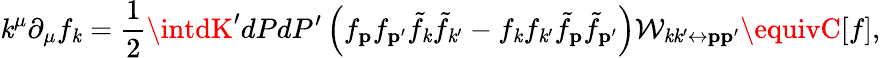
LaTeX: \mathit{k}^{\mu}\partial_{\mu}f_{\mathbf{{\mathit{k}}}}=\frac{{1}}{{2}}\intdK^{\prime}dPdP^{\prime}\left(f_{\mathbf{{p}}}f_{\mathbf{{p}}^{\prime}}\tilde{{f}}_{\mathbf{{\mathit{k}}}}\tilde{{f}}_{\mathbf{{\mathit{k}}}^{\prime}}-f_{\mathbf{{\mathit{k}}}}f_{\mathbf{{\mathit{k}}}^{\prime}}\tilde{{f}}_{\mathbf{{p}}}\tilde{{f}}_{\mathbf{{p^{\prime}}}}\right)\mathcal{{W}}_{\mathbf{{\mathit{k}}}\mathbf{{\mathit{k}}}^{\prime}\leftrightarrow\mathbf{{p}}\mathbf{{p}}^{\prime}}\equivC[f],